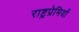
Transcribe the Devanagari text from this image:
राष्ट्रप्रेमियों